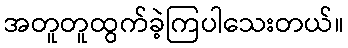
အတူတူထွက်ခဲ့ကြပါသေးတယ်။